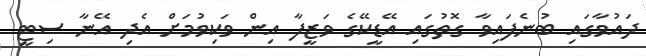
ދައުވާގައި ބުނެފައިވާ ގޮތުގައި އޭޑީކޭގެ ވަޒީފާ އިން ވަކިވުމަށް އެދި އޭނާ ސިޓީ